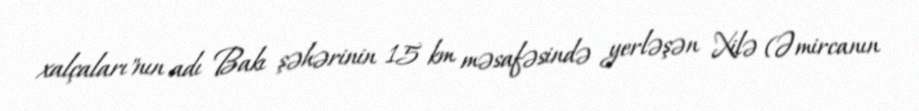
xalçaları"nın adı Bakı şəhərinin 15 km məsafəsində yerləşən Xilə (Əmircanın